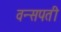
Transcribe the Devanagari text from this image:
वन्सपती